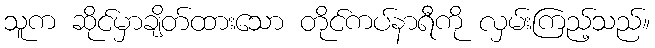
သူက ဆိုင်မှာချိတ်ထားသော တိုင်ကပ်နာရီကို လှမ်းကြည့်သည်။